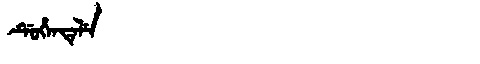
Manchu: ᡩᡠᡥᡝᠨᡨᡝᠯᡝ
Romanization: DUHENTELE